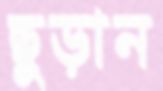
ছুড়ান